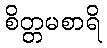
စိတ္တမစာရိ